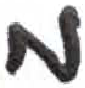
אות: מ